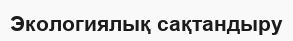
Экологиялық сақтандыру